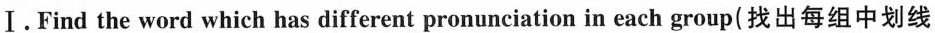
Ⅰ.Find the word which has different pronunciation in each group( 找出每组中划线